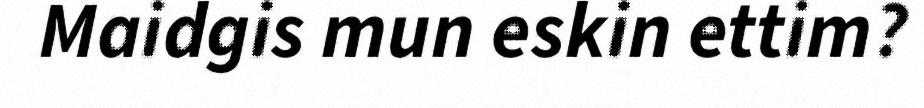
Maidgis mun eskin ettim?